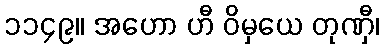
၁၁၄၉။ အဟော ဟီ ဝိမှယေ တုဏှီ၊